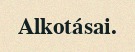
Alkotásai.